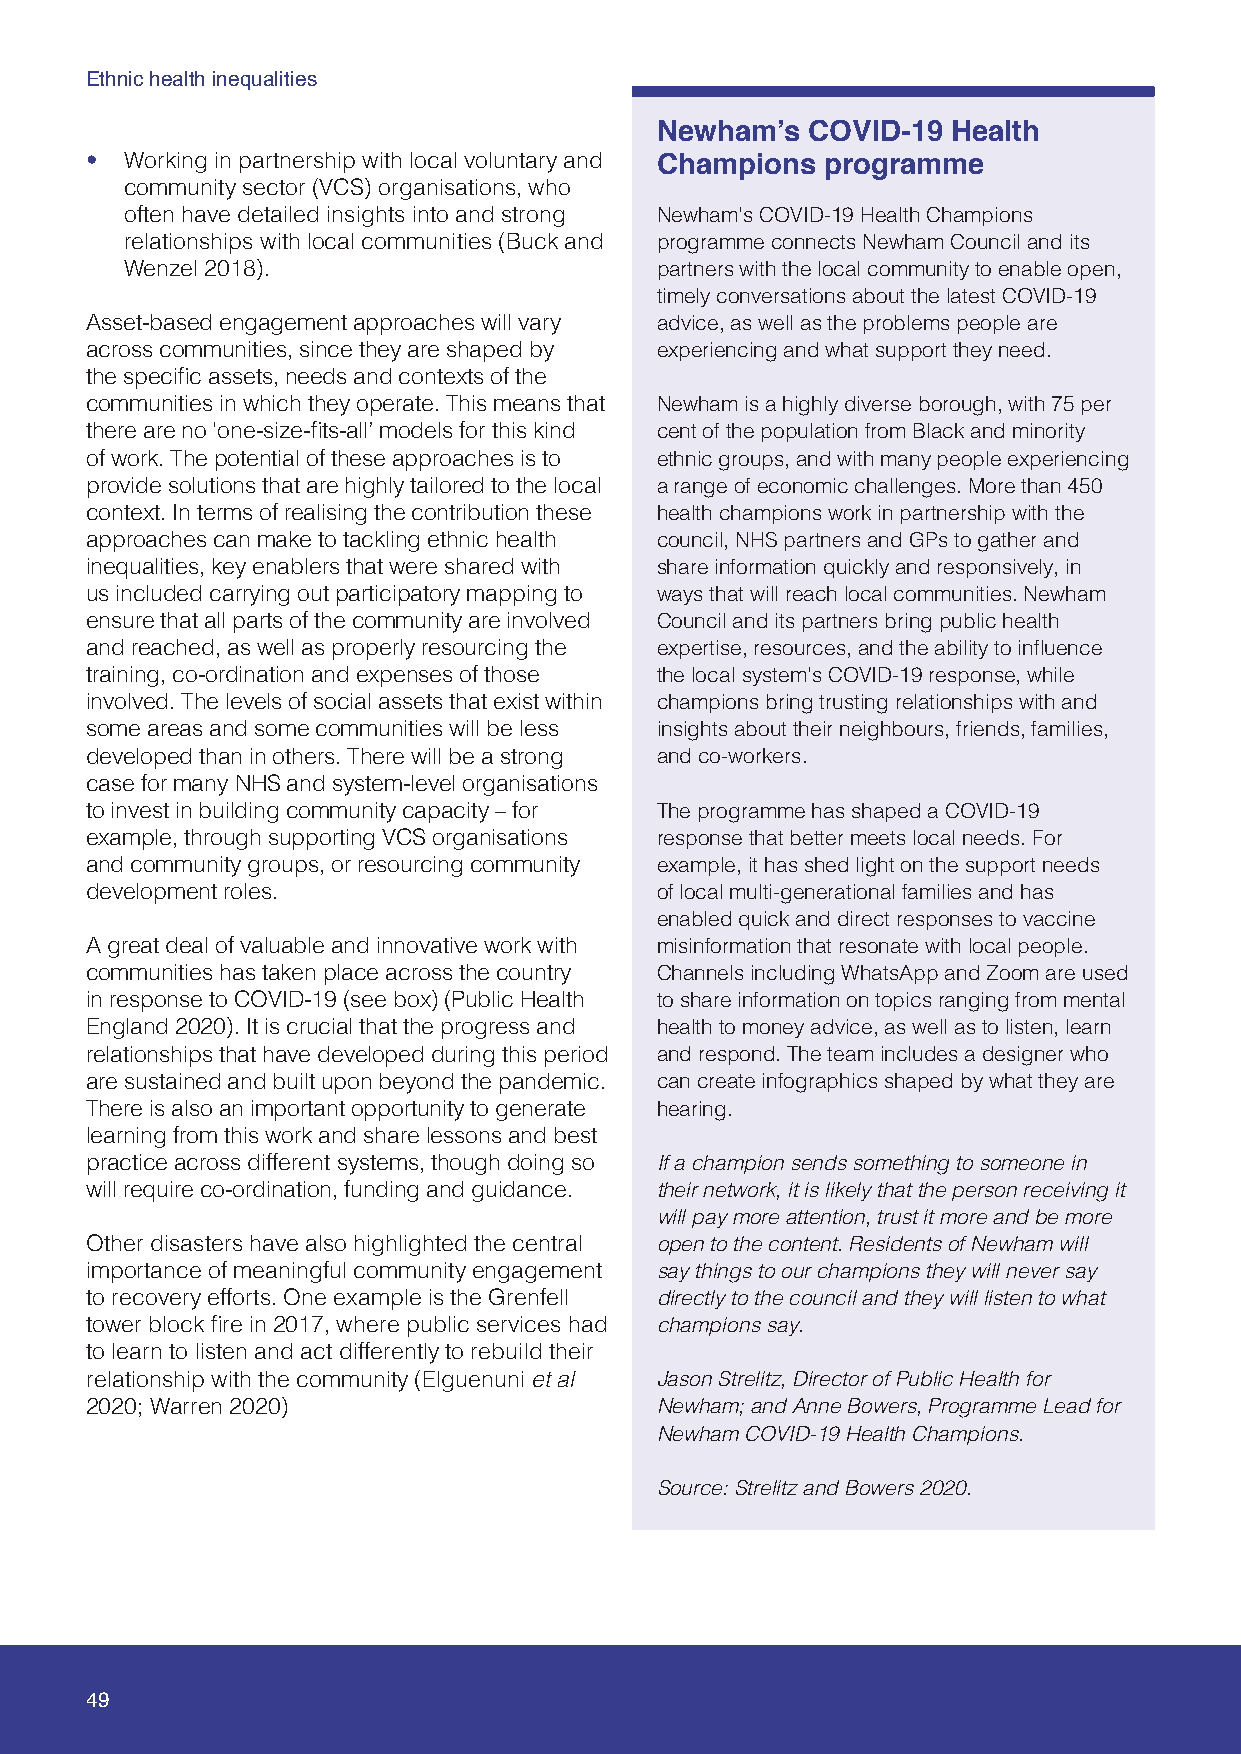
Ethnic health inequalities
 Newham’s  COVID-19  Health
 • Working in partnership with local voluntary and Champions programme
 community sector (VCS) organisations, who
 often have detailed insights into and strong Newham’s COVID-19 Health Champions
 relationships with local communities (Buck and programme connects Newham Council and its
 Wenzel 2018).                      partners with the local community to enable open,
 timely conversations about the latest COVID-19
 Asset-based engagement approaches will vary advice, as well as the problems people are
 across communities, since they are shaped by experiencing and what support they need.
 the specific assets, needs and contexts of the
 communities in which they operate. This means that Newham is a highly diverse borough, with 75 per
 there are no ‘one-size-fits-all’ models for this kind cent of the population from Black and minority
 of work. The potential of these approaches is to ethnic groups, and with many people experiencing
 provide solutions that are highly tailored to the local a range of economic challenges. More than 450
 context. In terms of realising the contribution these health champions work in partnership with the
 approaches can make to tackling ethnic health council, NHS partners and GPs to gather and
 inequalities, key enablers that were shared with share information quickly and responsively, in
 us included carrying out participatory mapping to ways that will reach local communities. Newham
 ensure that all parts of the community are involved Council and its partners bring public health
 and reached, as well as properly resourcing the expertise, resources, and the ability to influence
 training, co-ordination and expenses of those the local system’s COVID-19 response, while
 involved. The levels of social assets that exist within champions bring trusting relationships with and
 some areas and some communities will be less insights about their neighbours, friends, families,
 developed than in others. There will be a strong and co-workers.
 case for many NHS and system-level organisations
 to invest in building community capacity – for The programme has shaped a COVID-19
 example, through supporting VCS organisations response that better meets local needs. For
 and community groups, or resourcing community example, it has shed light on the support needs
 development roles.                   of local multi-generational families and has
 enabled quick and direct responses to vaccine
 A great deal of valuable and innovative work with misinformation that resonate with local people.
 communities has taken place across the country Channels including WhatsApp and Zoom are used
 in response to COVID-19 (see box) (Public Health to share information on topics ranging from mental
 England 2020). It is crucial that the progress and health to money advice, as well as to listen, learn
 relationships that have developed during this period and respond. The team includes a designer who
 are sustained and built upon beyond the pandemic. can create infographics shaped by what they are
 There is also an important opportunity to generate hearing.
 learning from this work and share lessons and best
 practice across different systems, though doing so If a champion sends something to someone in
 will require co-ordination, funding and guidance. their network, it is likely that the person receiving it
 will pay more attention, trust it more and be more
 Other disasters have also highlighted the central open to the content. Residents of Newham will
 importance of meaningful community engagement say things to our champions they will never say
 to recovery efforts. One example is the Grenfell directly to the council and they will listen to what
 tower block fire in 2017, where public services had champions say.
 to learn to listen and act differently to rebuild their
 relationship with the community (Elguenuni et al Jason Strelitz, Director of Public Health for
 2020; Warren 2020)                   Newham; and Anne Bowers, Programme Lead for
 Newham COVID-19 Health Champions.
 Source: Strelitz and Bowers 2020.
 49